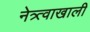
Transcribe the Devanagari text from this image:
नेत्र्त्वाखाली